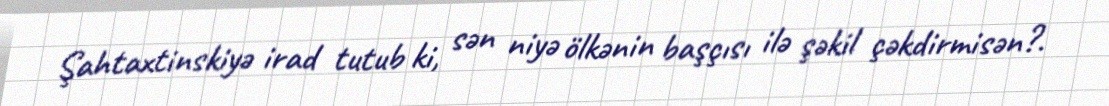
Şahtaxtinskiyə irad tutub ki, sən niyə ölkənin başçısı ilə şəkil çəkdirmisən?.